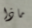
ماذا